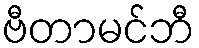
ဗီတာမင်ဘီ